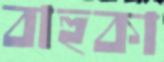
বাহুকা